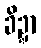
ခိဍ္ဍာ